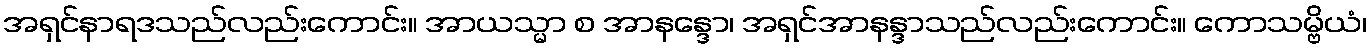
အရှင်နာရဒသည်လည်းကောင်း။ အာယသ္မာ စ အာနန္ဒော၊ အရှင်အာနန္ဒာသည်လည်းကောင်း။ ကောသမ္ဗိယံ၊